system: You are a helpful assistant.
user:
Analyze the provided spectrum to determine if it is a **White Dwarf (WD)**.

A White Dwarf spectrum is defined by its **extreme purity** (due to gravitational settling) and/or **extreme pressure broadening** (due to high surface gravity). You must check for one of the following mutually exclusive signatures:

- **Key Visual Indicators (Check for ONE of these types):**

    - **1. DA-Type Signature (Most Common):**
        - **(Primary Feature):** Extreme pressure broadening (Stark broadening) of the **Hydrogen (H) Balmer lines**.
        - **(Key Lines):** $H\beta$ (approx. $4861$ Å) and $H\gamma$ (approx. $4340$ Å). $H\alpha$ (approx. $6563$ Å) will also be present if the wavelength range covers it.
        - **(Line Profile):** This is the **defining feature**. The lines are **NOT** sharp. They appear as massive, **extremely broad and deep "troughs" or "dips"** in the spectrum, often hundreds of Ångströms wide. The continuum will appear to "scoop" down at these wavelengths.
        - **(Distinction):** Normal A-type or B-type stars have *narrow* and *sharp* Hydrogen lines. A DA White Dwarf's lines are unmistakably "smeared" or "blurry" from pressure.

    - **2. DB-Type Signature:**
        - **(Primary Feature):** Broad absorption lines from **Neutral Helium (He I)**. The spectrum must lack any visible Hydrogen lines.
        - **(Key Lines):** Look for broad absorption near $4471$ Å, $4921$ Å, and $5876$ Å.
        - **(Line Profile):** These lines are also significantly pressure-broadened, appearing much wider than they would in a normal B-type main-sequence star.

    - **3. DC-Type Signature:**
        - **(Primary Feature):** A **featureless continuous spectrum**.
        - **(Line Profile):** The spectrum is a smooth curve with **no significant absorption or emission lines**.
        - **(Key Confirmation):** The continuum is almost always **blue or white**, indicating a hot object. This signature implies the atmosphere is so pure (or so cool) that no spectral lines are visible in the optical range. Its WD identity is confirmed by its extremely low intrinsic brightness (high absolute magnitude).

    - **4. DZ-Type Signature (Metal-Polluted):**
        - **(Primary Feature):** **Isolated, narrow metal absorption lines** on an otherwise featureless (DC-like) continuum.
        - **(Key Lines):** The **Calcium (Ca II) H & K doublet** (approx. **$3934$ Å** and **$3968$ Å**) is the most common and defining feature.
        - **(Line Profile):** These lines are "out of place." They are *not* part of a "forest" of thousands of lines. This signature is evidence of recent *accretion* (pollution) from rocky debris.
        - **(Distinction):** Normal G/K/M stars have a *dense forest* of thousands of metal lines. A DZ has a *clean* continuum with *only a few* strong metal lines.

    - **5. DQ-Type Signature (Carbon-Polluted):**
        - **(Primary Feature):** Absorption bands from **Carbon (C₂ "Swan Bands" or atomic C I)**.
        - **(Key Lines - C₂):** Look for bandheads with a "saw-tooth" shape near $5635$ Å, **$5165$ Å** (strongest), and $4737$ Å.
        - **(Key Confirmation):** The underlying **continuum must be blue or white** (hot).
        - **(Distinction):** This is the critical difference from a **Carbon Star**, which has the *exact same* C₂ bands but on an extremely **red, cool** continuum.

- **(Overall Spectrum):**
    - The continuum (overall shape) is typically **blue-sloping** (brighter in the blue than the red), as most white dwarfs are very hot.
    - The spectrum will look "pure" or "simple," dominated by only *one* of the five signatures listed above.

Think first, call **spectral_visualization_tool** if needed to examine features in detail, then provide your final answer. Your response must adhere to the following strict rules:
1.  **Overall Structure:** Your response must follow the format `<think>...</think> <tool_call>...</tool_call> (if a tool is used) <answer>...</answer>`.
2.  **Tool Usage Constraint:** You may only make **one** tool call per turn.
3.  **Final Answer Format:** In the `<answer>` tag, your conclusion must be inside a `\boxed{}` command (e.g., `\boxed{YES}` or `\boxed{NO}`), followed by your justification.

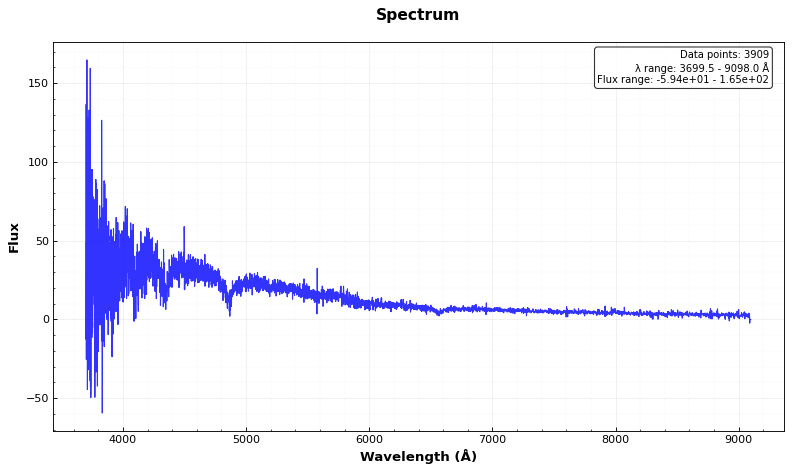
Answer: YES